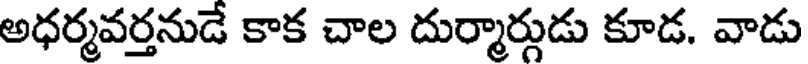
అధర్మవర్తనుడే కాక చాల దుర్మార్గుడు కూడ. వాడు